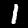
Digit: 1